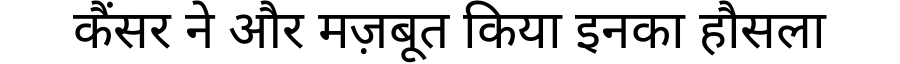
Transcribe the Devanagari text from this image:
कैंसर ने और मज़बूत किया इनका हौसला